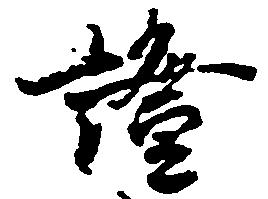
証